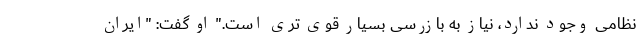
نظامی وجود ندارد، نیاز به بازرسی بسیار قوی تری است." او گفت: "ایران